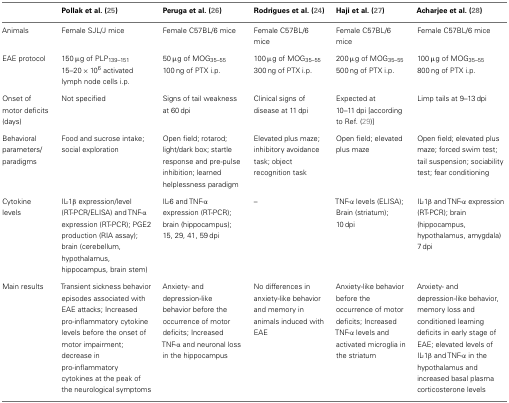
<table><thead><tr><td></td><td><b>Pollak et al. (25)</b></td><td><b>Peruga et al. (26)</b></td><td><b>Rodrigues et al. (24)</b></td><td><b>Haji et al. (27)</b></td><td><b>Acharjee et al. (28)</b></td></tr></thead><tbody><tr><td>Animals</td><td>Female SJL/J mice</td><td>Female C57BL/6 mice</td><td>Female C57BL/6 mice</td><td>Female C57BL/6 mice</td><td>Female C57BL/6 mice</td></tr><tr><td>EAE protocol</td><td>150 μg of PLP<sub>139–151</sub> 15–20 × 10<sup>6</sup> activated lymph node cells i.p.</td><td>50 μg of MOG<sub>35–55</sub> 100 ng of PTX i.p.</td><td>100 μg of MOG<sub>35–55</sub> 300 ng of PTX i.p.</td><td>200 μg of MOG<sub>35–55</sub> 500 ng of PTX i.p.</td><td>100 μg of MOG<sub>35–55</sub> 800 ng of PTX i.p.</td></tr><tr><td>Onset of motor deficits (days)</td><td>Not specified</td><td>Signs of tail weakness at 60 dpi</td><td>Clinical signs of disease at 11 dpi</td><td>Expected at 10–11 dpi [according to Ref. (29)]</td><td>Limp tails at 9–13 dpi</td></tr><tr><td>Behavioral parameters/paradigms</td><td>Food and sucrose intake; social exploration</td><td>Open field; rotarod; light/dark box; startle response and pre-pulse inhibition; learned helplessness paradigm</td><td>Elevated plus maze; inhibitory avoidance task; object recognition task</td><td>Open field; elevated plus maze</td><td>Open field; elevated plus maze; forced swim test; tail suspension; sociability test; fear conditioning</td></tr><tr><td>Cytokine levels</td><td>IL-1β expression/level (RT-PCR/ELISA) and TNF-α expression (RT-PCR); PGE2 production (RIA assay); brain (cerebellum, hypothalamus, hippocampus, brain stem)</td><td>IL-6 and TNF-α expression (RT-PCR); brain (hippocampus); 15, 29, 41, 59 dpi</td><td>–</td><td>TNF-α levels (ELISA); Brain (striatum); 10 dpi</td><td>IL-1β and TNF-α expression (RT-PCR); brain (hippocampus, hypothalamus, amygdala) 7 dpi</td></tr><tr><td>Main results</td><td>Transient sickness behavior episodes associated with EAE attacks; Increased pro-inflammatory cytokine levels before the onset of motor impairment; decrease in pro-inflammatory cytokines at the peak of the neurological symptoms</td><td>Anxiety- and depression-like behavior before the occurrence of motor deficits; Increased TNF-α and neuronal loss in the hippocampus</td><td>No differences in anxiety-like behavior and memory in animals induced with EAE</td><td>Anxiety-like behavior before the occurrence of motor deficits; Increased TNF-α levels and activated microglia in the striatum</td><td>Anxiety- and depression-like behavior, memory loss and conditioned learning deficits in early stage of EAE; elevated levels of IL-1β and TNF-α in the hypothalamus and increased basal plasma corticosterone levels</td></tr></tbody></table>